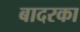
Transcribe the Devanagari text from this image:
बादरका